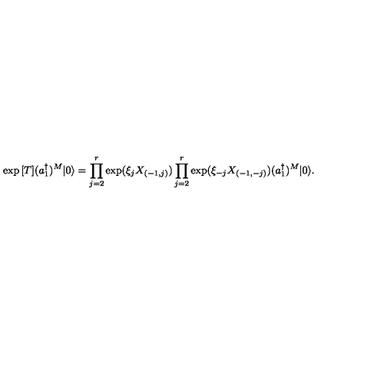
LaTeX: \exp { [ T ] } ( a _ { 1 } ^ { \dagger } ) ^ { M } | 0 \rangle = \prod _ { j = 2 } ^ { r } \exp ( \xi _ { j } X _ { ( - 1 , j ) } ) \prod _ { j = 2 } ^ { r } \exp ( \xi _ { - j } X _ { ( - 1 , - j ) } ) ( a _ { 1 } ^ { \dagger } ) ^ { M } | 0 \rangle .